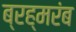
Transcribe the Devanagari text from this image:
ब्रह्मरंब